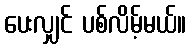
ပေးလျှင် ပစ်လိမ့်မယ်။